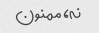
نه، ممنون